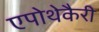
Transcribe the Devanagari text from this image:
एपोथेकैरी